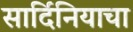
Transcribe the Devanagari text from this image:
सार्दिनियाचा